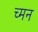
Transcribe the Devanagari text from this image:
च्मन